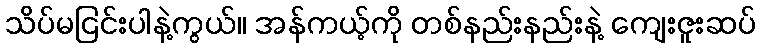
သိပ်မငြင်းပါနဲ့ကွယ်။ အန်ကယ့်ကို တစ်နည်းနည်းနဲ့ ကျေးဇူးဆပ်